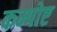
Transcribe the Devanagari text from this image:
कम्पोष्ट